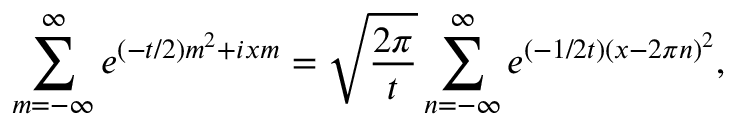
\sum _ { m = - \infty } ^ { \infty } e ^ { ( - t / 2 ) m ^ { 2 } + i x m } = \sqrt { \frac { 2 \pi } { t } } \sum _ { n = - \infty } ^ { \infty } e ^ { ( - 1 / 2 t ) ( x - 2 \pi n ) ^ { 2 } } ,